Statistical return of the lunatic asylum in Assam - 1912-1932
Year: 1912
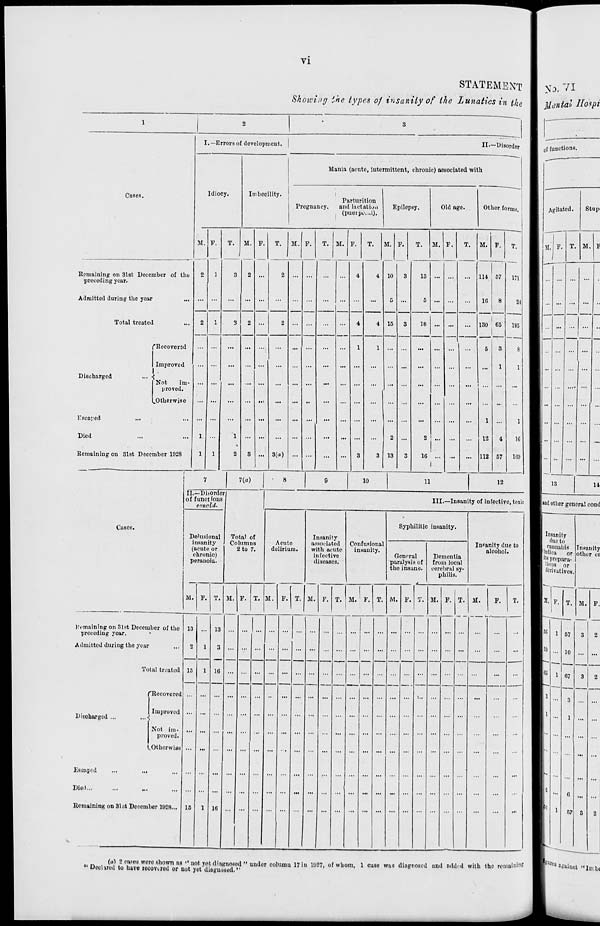
VI
STATEMENT I y 0 . VI
Showing the types of insanity of the Lunatics in the I Mental ffospi
1
2
3
I.—Errors of development. |
II.—Disorder
Mania (acute, intermittent, chronic) associated with
Cases.
Idiocy.
Imbecility.
Parturition |
Pregnancy.
and lactation
Epilepsy.
1 (pueipcvi.1).
Old age.
Other forms.
M. F.
T. M. F.
T.
M . F.
T. M. F.
T.
M. F.
T.
M. F.
T. M. F.
T.
Remaining on 31st December of the
preceding year.
2
1
3
2 ...
2 .. . ...
...
4
4 10
3
13 ...
... lit 57
171
Admitted during the year
2
1
...
... ...
4
5
5 ...
...
16
8
2-1
195
8
Total treated
3
2 ...
2 .
4 15
3
18 ...
130 65
("Recovered
...
... ...
. ...
1
1 ...
...
5
3
Improved
...
...
...
. ...
...
... ...
...
...
1
1
Discharged
Not
im-
proved.
.Otherwise
...
...
...
...
:
...
. ...
...
...
...
...
... i ... ...
...
Escaped
... ...
...
... ...
...
. ...
...
... ...
...
...
...
...
1
1
Died
1
1 ... ...
...
...
... ...
| 2
2 ... ...
12
4
1C
Remaining on 31st December 1928
1
1
2
S
3(a) •
...
...
3
3 13
3
16 ...
1
...
... 112 57
169
7
7(a)
|
8
s
10
11
12
II.—Disorde
of functions
cmicld.
|
III.—Insanity of infective, toxic
Casos.
Syphilitic insanity.
Delusional
Total of
Columns
2 to 7.
Acute
deliriun
Insanity
associated
it
with acute
infective
diseases.
Confusional
insanity.
P
t
Ineanity due to
alcohol.
(
P
nsanity
acute or
chronic)
eranois.
General
aralysis of
le insane.
Dementia
from local
cerebral sy-
philis.
M. F. T. M. P. T. M. F. T. M. F. T. M. F. T. (V I. F. T. M. F. T. M.
F.
T.
remaining on 31st December of the
preceding year.
•
13
13
...
... ...
...
...
...
Admitted during the year
2
1
3 ... ... ...
...
... ...
...
...
Total treated 15
1 16
...
...
...
...
i 'Recovered
... ... ... ... ...
...
...
'•••
...
...
Discharged ...
...<
Improved
Not im-
proved.
... ...
...
...
...
...
...
(.Otherwise ... ... ... ... ... ...
... ... ...
...
...
...
Escaped
...
...
... ... ... ...
... ... ...
... ... ...
...
...
Diod
... ...
...
... ... ...
...
...
...
Remaining on 31 at December 1928... 16
1 16
"|
... ...
... ... ...
...
...
...
s
ions.
Agitated.
Stupi
V. T. M.
13
11
land other general cond
Insanity
due to
. munabis
Pjndiea
or
I ™ prepara-
tions or
derivatives.
r.
Insanity
other ca
It.
1
1
1
57
10
67
3
1
6
57
3
3
...
3
(a) 2 cases were shown as •'not yet diagnosed " under column 17 iu 1927, of whom, 1 case was diagnosed and added with the remain'"'
" Declued to have recovered or not yet diagu.-ised."
Eures mralnat "imix